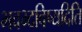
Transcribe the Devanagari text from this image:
भवभ्दविष्यदिति